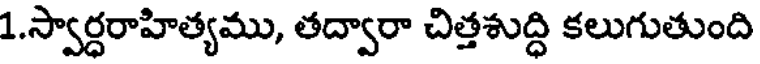
1.స్వార్ధరాహిత్యము, తద్వారా చిత్తశుద్ధి కలుగుతుంది